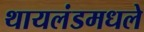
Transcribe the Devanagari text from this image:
थायलंडमधले